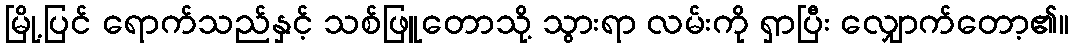
မြို့ပြင် ရောက်သည်နှင့် သစ်ဖြူတောသို့ သွားရာ လမ်းကို ရှာပြီး လျှောက်တော့၏။